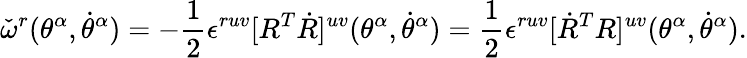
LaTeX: {\check{\omega}}^{r}(\theta^{\alpha},\dot{\theta}^{\alpha})=-{\frac{1}{2}}\epsilon^{ruv}[R^{T}\dot{R}]^{uv}(\theta^{\alpha},\dot{\theta}^{\alpha})={\frac{1}{2}}\epsilon^{ruv}[{\dot{R}}^{T}R]^{uv}(\theta^{\alpha},\dot{\theta}^{\alpha}).